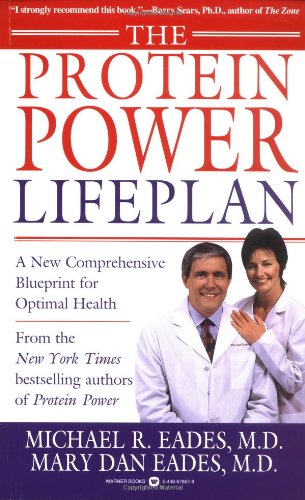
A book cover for The Protein Power Lifeplan; Michael R. Eades; Health, Fitness & Dieting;